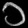
Digit: ၁